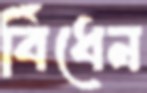
বিঁধেন